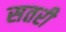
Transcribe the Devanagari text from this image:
सतरी